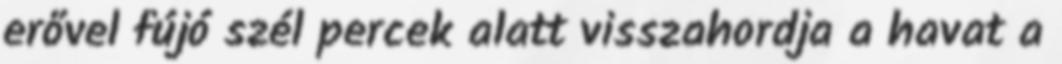
erővel fújó szél percek alatt visszahordja a havat a